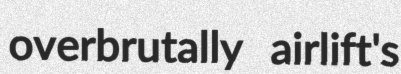
overbrutally airlift's